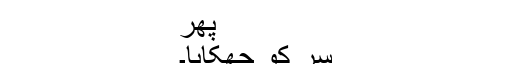
پھر
سر کو جھکایا۔